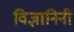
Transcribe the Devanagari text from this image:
विज्ञानिनी